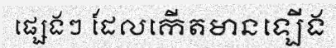
ផ្សេងៗ ដែលកើតមានឡើង